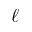
\ell